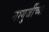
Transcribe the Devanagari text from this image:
नागुजींच्या